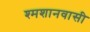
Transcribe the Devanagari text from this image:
श्मशानवासी